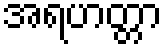
အရဟတ္တာ